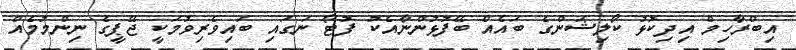
އިބްރާހިމް އިދިކޮޅު ކޯލިޝަންގެ ބައެއް ބޭފުޅުންނާއެކު ފޮޓޯ ނަގައި ބައިވެރިވުމަކީ ޖޭޕީގެ ނިންމުމެއް